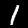
Digit: 1